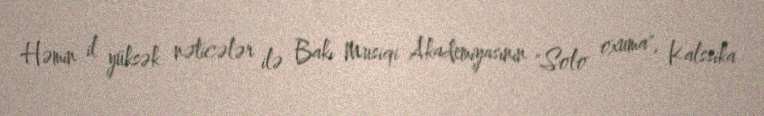
Həmin il yüksək nəticələr ilə Bakı Musiqi Akademiyasının "Solo oxuma", Kalssika